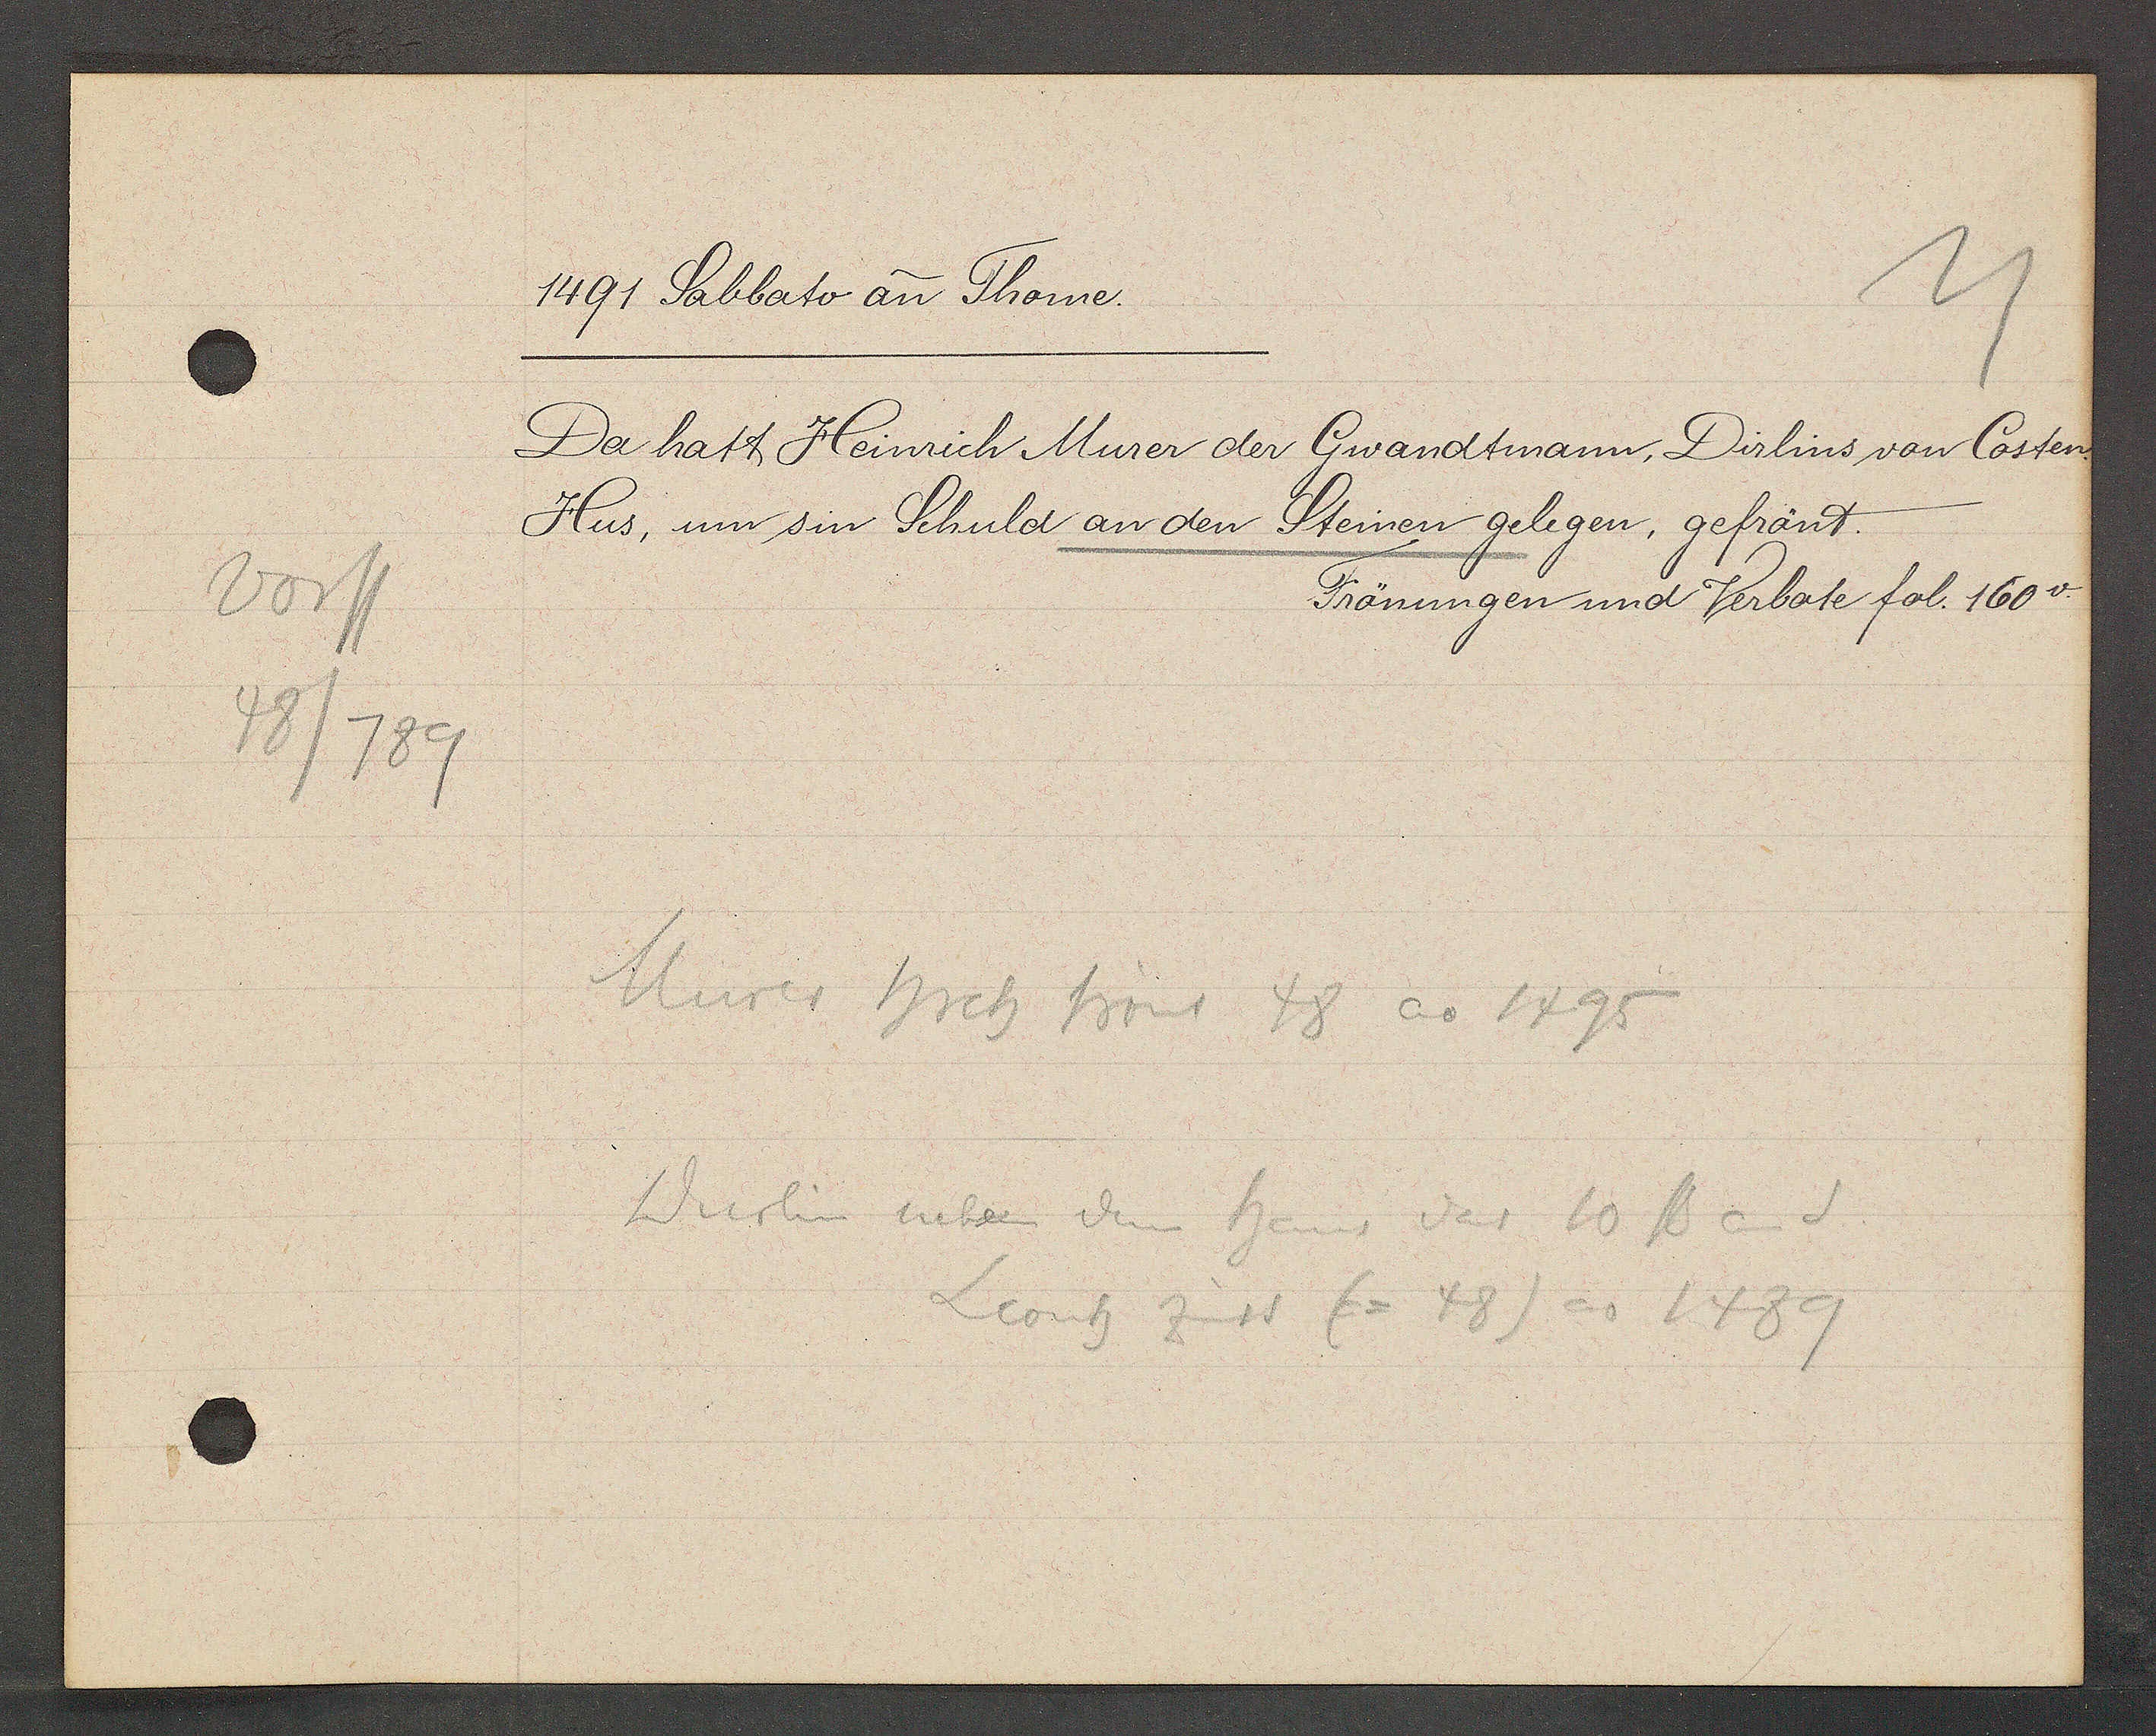
Transcript:
Vorst
48/789

1491 Sabbato an Thome.

Da hatt Heinrich Murer der Gwandtmann, Dirlins von Costen
Hus, um sin Schuld an den Steinen gelegen, gefrönt.
Frönungen und Verbote fol. 160v.

Murer Hrch frönt 48 ao 1495
Werlin neben dem haus das 10 ß an S.
Leonh zinst (= 48) ao 1489